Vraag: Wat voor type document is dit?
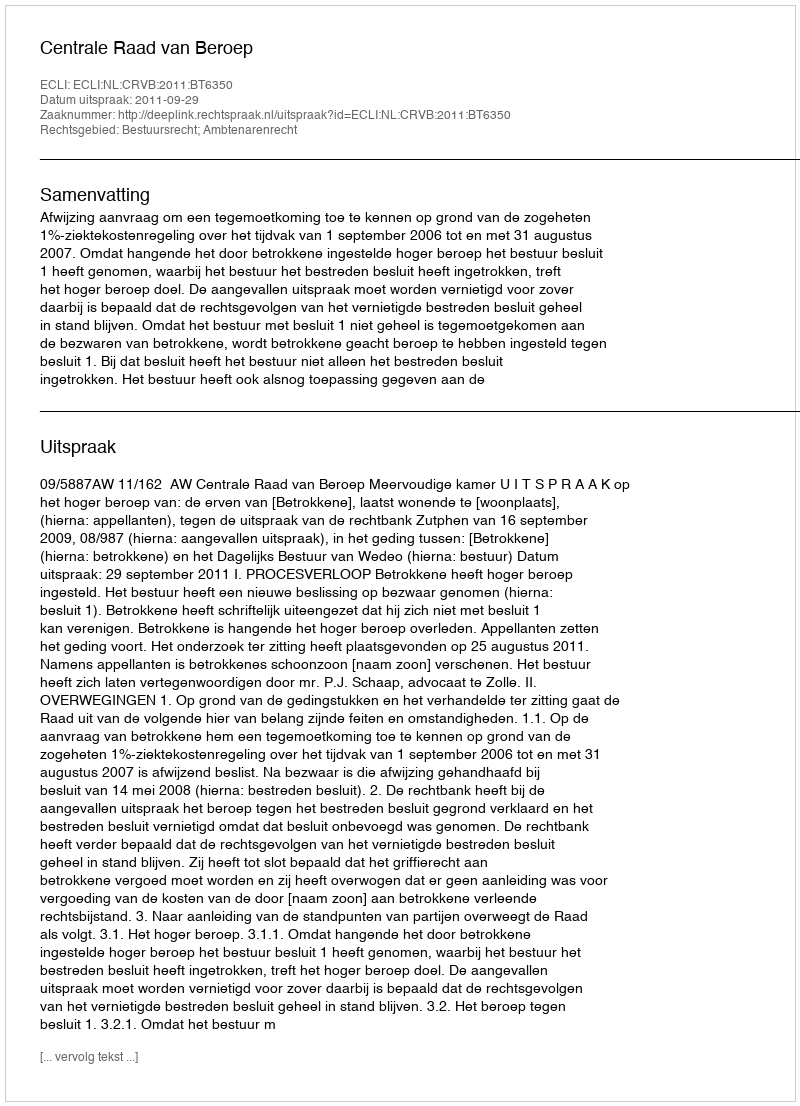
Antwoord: Uitspraak